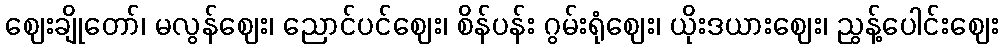
ဈေးချိုတော်၊ မလွန်ဈေး၊ ညောင်ပင်ဈေး၊ စိန်ပန်း ဂွမ်းရုံဈေး၊ ယိုးဒယားဈေး၊ ညွန့်ပေါင်းဈေး